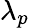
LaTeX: \lambda_{p}